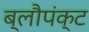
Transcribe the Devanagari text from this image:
ब्लौपंक्ट